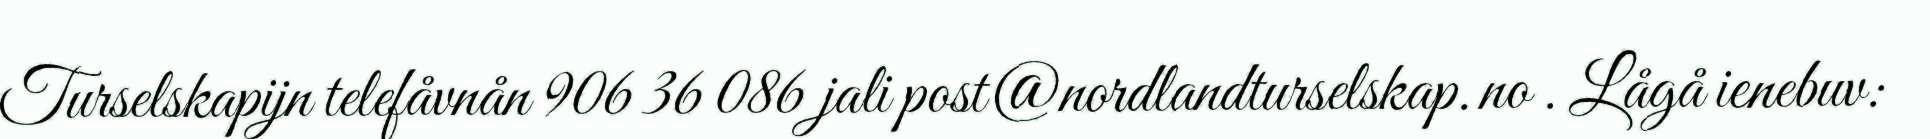
Turselskapijn telefåvnån 906 36 086 jali post@nordlandturselskap.no . Lågå ienebuv: